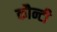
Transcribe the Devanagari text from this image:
कौन्टी